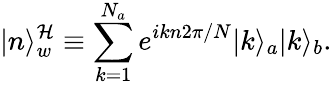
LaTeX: |n\rangle_{w}^{\mathcal{H}}\equiv\sum_{k=1}^{N_{a}}e^{ikn2\pi/N}|k\rangle_{a}|k\rangle_{b}.